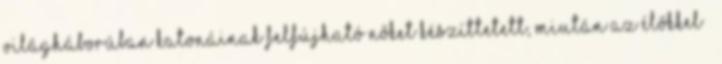
világháborúban katonáinak felfújható nőket készíttetett, miután az élőkkel –